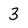
Character: 3